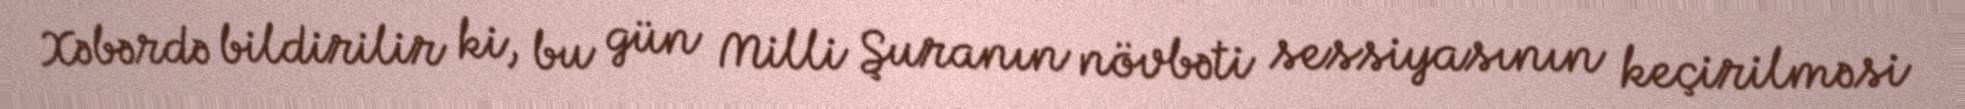
Xəbərdə bildirilir ki, bu gün Milli Şuranın növbəti sessiyasının keçirilməsi